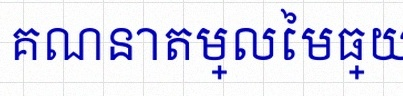
គណនាតម្លៃមធ្យម